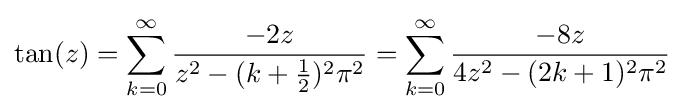
\tan(z)=\sum _{k=0}^{\infty }{\frac {-2z}{z^{2}-(k+{\frac {1}{2}})^{2}\pi ^{2}}}=\sum _{k=0}^{\infty }{\frac {-8z}{4z^{2}-(2k+1)^{2}\pi ^{2}}}